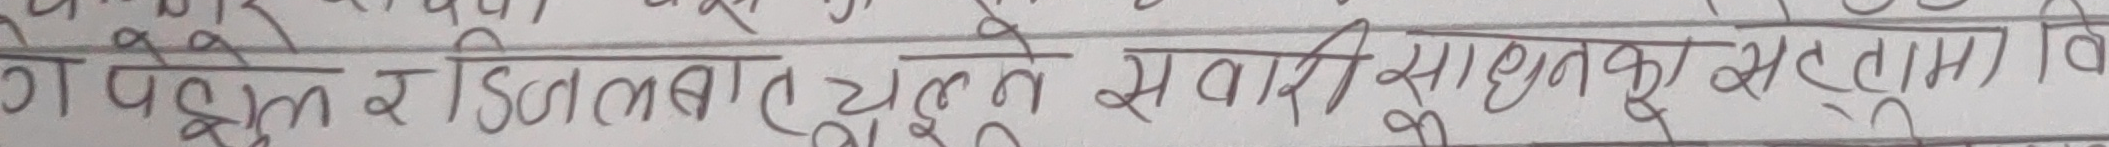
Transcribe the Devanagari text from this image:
ण पहुँच र डिसलबात झल्ने सवारी साधनको हस्तामा वि